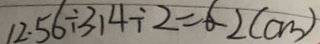
1 2 \cdot 5 6 \div 3 1 4 \div 2 = 6 2 ( c m )